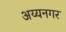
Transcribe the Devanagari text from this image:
अय्यनगर